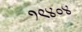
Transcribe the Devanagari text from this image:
१९४०४